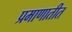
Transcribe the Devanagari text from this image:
प्रमाणातीत